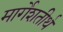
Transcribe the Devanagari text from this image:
मार्गेशतीर्थ